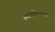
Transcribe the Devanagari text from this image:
स्थानविभाजन